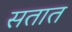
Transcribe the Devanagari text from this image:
सतात